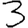
Digit: 3